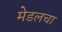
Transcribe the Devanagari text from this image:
मेडलचा